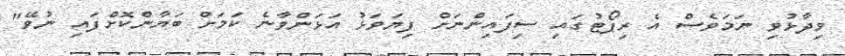
ވިދާޅުވި ނަމަވެސް އެ ރިޕޯޓުގައި ސިފައިންނަށް ފިޔަވަޅު އަޅަންވާނެ ކަމަށް ބަޔާންކޮށްފައި ނުވޭ"